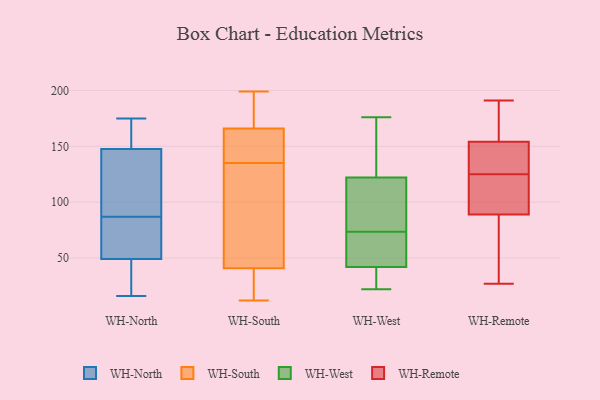
{"axis": {"x": "Conversion Rate (%)", "y": "Value"}, "legend": ["WH-North", "WH-Remote", "WH-South", "WH-West"], "data": [{"x": "", "y": 20, "type": "WH-North"}, {"x": "", "y": 155, "type": "WH-North"}, {"x": "", "y": 23, "type": "WH-North"}, {"x": "", "y": 145, "type": "WH-North"}, {"x": "", "y": 71, "type": "WH-North"}, {"x": "", "y": 174, "type": "WH-North"}, {"x": "", "y": 103, "type": "WH-North"}, {"x": "", "y": 46, "type": "WH-North"}, {"x": "", "y": 83, "type": "WH-North"}, {"x": "", "y": 144, "type": "WH-North"}, {"x": "", "y": 50, "type": "WH-North"}, {"x": "", "y": 87, "type": "WH-North"}, {"x": "", "y": 16, "type": "WH-North"}, {"x": "", "y": 75, "type": "WH-North"}, {"x": "", "y": 175, "type": "WH-North"}, {"x": "", "y": 158, "type": "WH-North"}, {"x": "", "y": 114, "type": "WH-North"}, {"x": "", "y": 35, "type": "WH-South"}, {"x": "", "y": 166, "type": "WH-South"}, {"x": "", "y": 165, "type": "WH-South"}, {"x": "", "y": 58, "type": "WH-South"}, {"x": "", "y": 168, "type": "WH-South"}, {"x": "", "y": 135, "type": "WH-South"}, {"x": "", "y": 77, "type": "WH-South"}, {"x": "", "y": 159, "type": "WH-South"}, {"x": "", "y": 125, "type": "WH-South"}, {"x": "", "y": 12, "type": "WH-South"}, {"x": "", "y": 166, "type": "WH-South"}, {"x": "", "y": 158, "type": "WH-South"}, {"x": "", "y": 17, "type": "WH-South"}, {"x": "", "y": 18, "type": "WH-South"}, {"x": "", "y": 192, "type": "WH-South"}, {"x": "", "y": 199, "type": "WH-South"}, {"x": "", "y": 128, "type": "WH-South"}, {"x": "", "y": 170, "type": "WH-South"}, {"x": "", "y": 27, "type": "WH-South"}, {"x": "", "y": 54, "type": "WH-West"}, {"x": "", "y": 153, "type": "WH-West"}, {"x": "", "y": 107, "type": "WH-West"}, {"x": "", "y": 22, "type": "WH-West"}, {"x": "", "y": 42, "type": "WH-West"}, {"x": "", "y": 106, "type": "WH-West"}, {"x": "", "y": 56, "type": "WH-West"}, {"x": "", "y": 176, "type": "WH-West"}, {"x": "", "y": 54, "type": "WH-West"}, {"x": "", "y": 145, "type": "WH-West"}, {"x": "", "y": 122, "type": "WH-West"}, {"x": "", "y": 38, "type": "WH-West"}, {"x": "", "y": 91, "type": "WH-West"}, {"x": "", "y": 29, "type": "WH-West"}, {"x": "", "y": 41, "type": "WH-Remote"}, {"x": "", "y": 125, "type": "WH-Remote"}, {"x": "", "y": 163, "type": "WH-Remote"}, {"x": "", "y": 125, "type": "WH-Remote"}, {"x": "", "y": 191, "type": "WH-Remote"}, {"x": "", "y": 107, "type": "WH-Remote"}, {"x": "", "y": 28, "type": "WH-Remote"}, {"x": "", "y": 151, "type": "WH-Remote"}, {"x": "", "y": 89, "type": "WH-Remote"}, {"x": "", "y": 129, "type": "WH-Remote"}, {"x": "", "y": 67, "type": "WH-Remote"}, {"x": "", "y": 154, "type": "WH-Remote"}, {"x": "", "y": 179, "type": "WH-Remote"}, {"x": "", "y": 118, "type": "WH-Remote"}, {"x": "", "y": 191, "type": "WH-Remote"}, {"x": "", "y": 27, "type": "WH-Remote"}, {"x": "", "y": 143, "type": "WH-Remote"}, {"x": "", "y": 99, "type": "WH-Remote"}]}